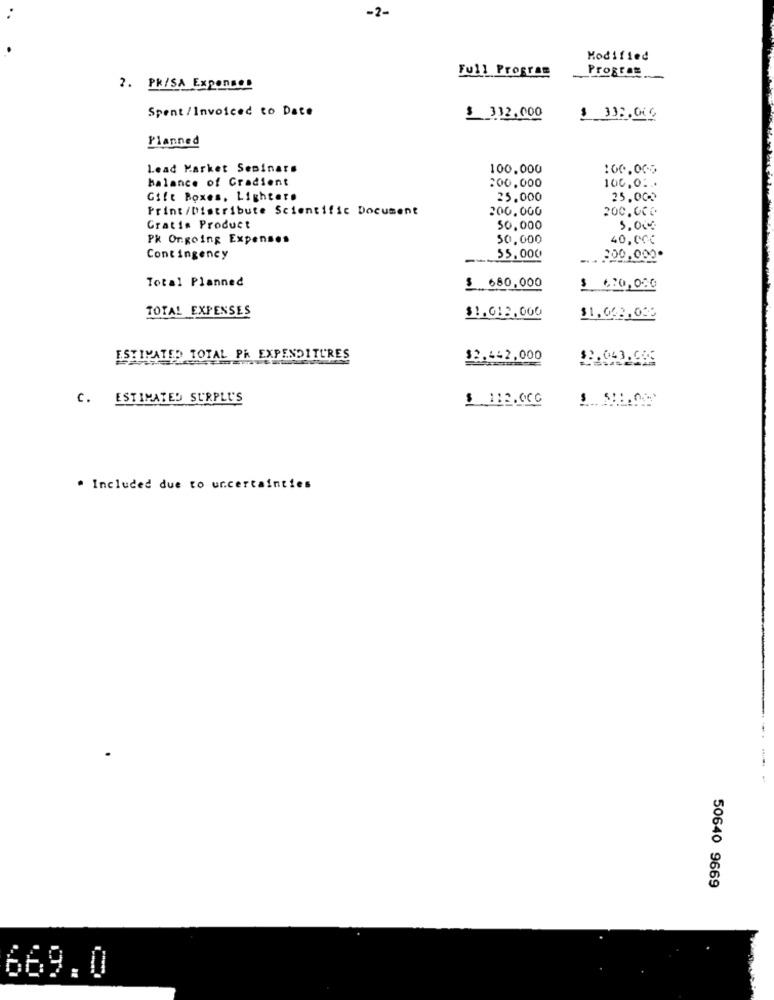
-2-
Modified
Full Program
Program
2. PK/SA Expenses
Spent /Invoiced to Date
$ 332.000
$ 338.000
Planned
Lead Market Seminars
100.000
:00.000
balance of Gradient
:00,000
100.01 ..
Gift Boxes, Lighter.
25.000
25.000
Print /Distribute Scientific Document
200.000
200.000
Gratis Product
50,000
5.00
Pk Ongoing Expenses
50,000
40,00€
Contingency
55.000
300.000
Total Planned
$ 680,000
$ 6,70,000
TOTAL EXPENSES
$1.013.000
$1,042,000
ESTIMATED TOTAL PA EXPENDITURES
$2.442,000
C. ESTIMATED SURPLUS
. Included due to uncertainties
50640 9669
669.0